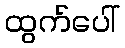
ထွက်ပေါ်